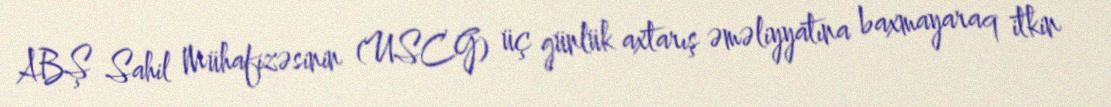
ABŞ Sahil Mühafizəsinin (USCG) üç günlük axtarış əməliyyatına baxmayaraq itkin